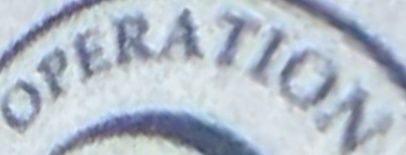
OPERATION